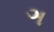
ઞ